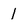
Character: 1